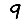
Digit: 9